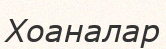
Хоаналар